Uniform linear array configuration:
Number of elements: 8
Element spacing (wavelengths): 0.5
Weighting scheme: cosine
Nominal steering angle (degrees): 30
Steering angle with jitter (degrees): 28.333
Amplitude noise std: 0.05
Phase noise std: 0.05

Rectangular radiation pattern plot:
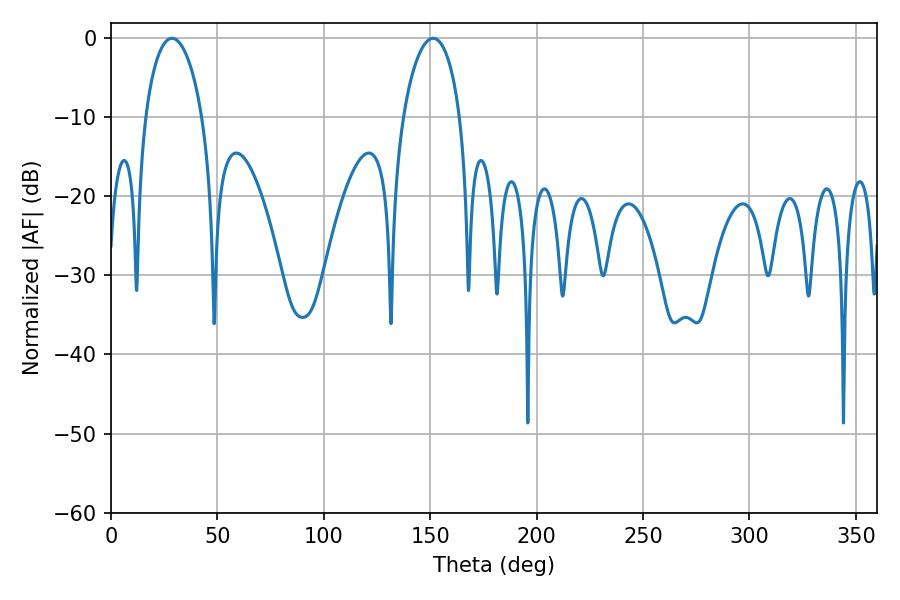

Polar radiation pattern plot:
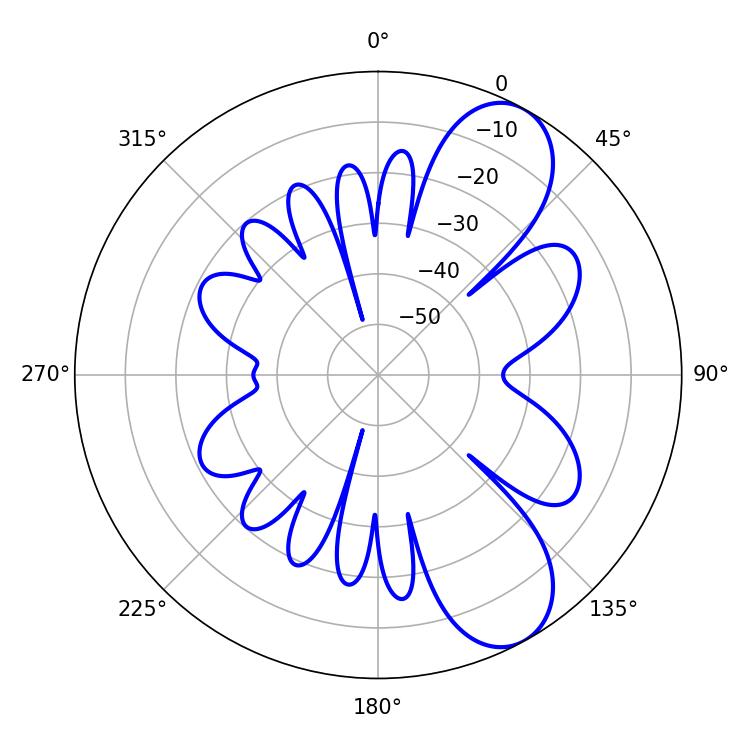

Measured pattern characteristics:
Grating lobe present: FALSE
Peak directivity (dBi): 8.581
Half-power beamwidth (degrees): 15.3
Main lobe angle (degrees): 28.62